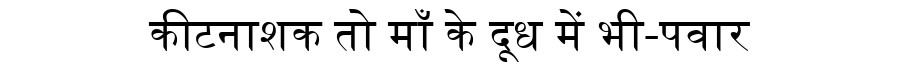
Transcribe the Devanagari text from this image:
कीटनाशक तो माँ के दूध में भी-पवार